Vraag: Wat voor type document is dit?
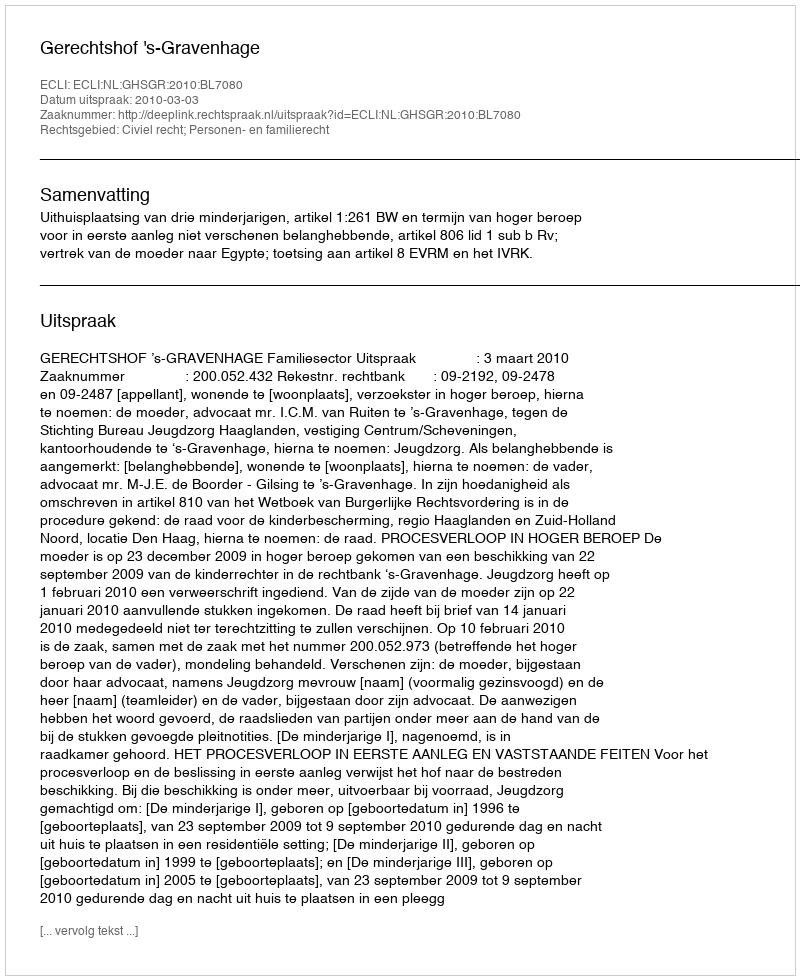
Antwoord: Uitspraak